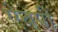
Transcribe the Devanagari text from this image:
ऐचपी